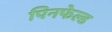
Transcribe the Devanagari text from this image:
पिनफेल्ड